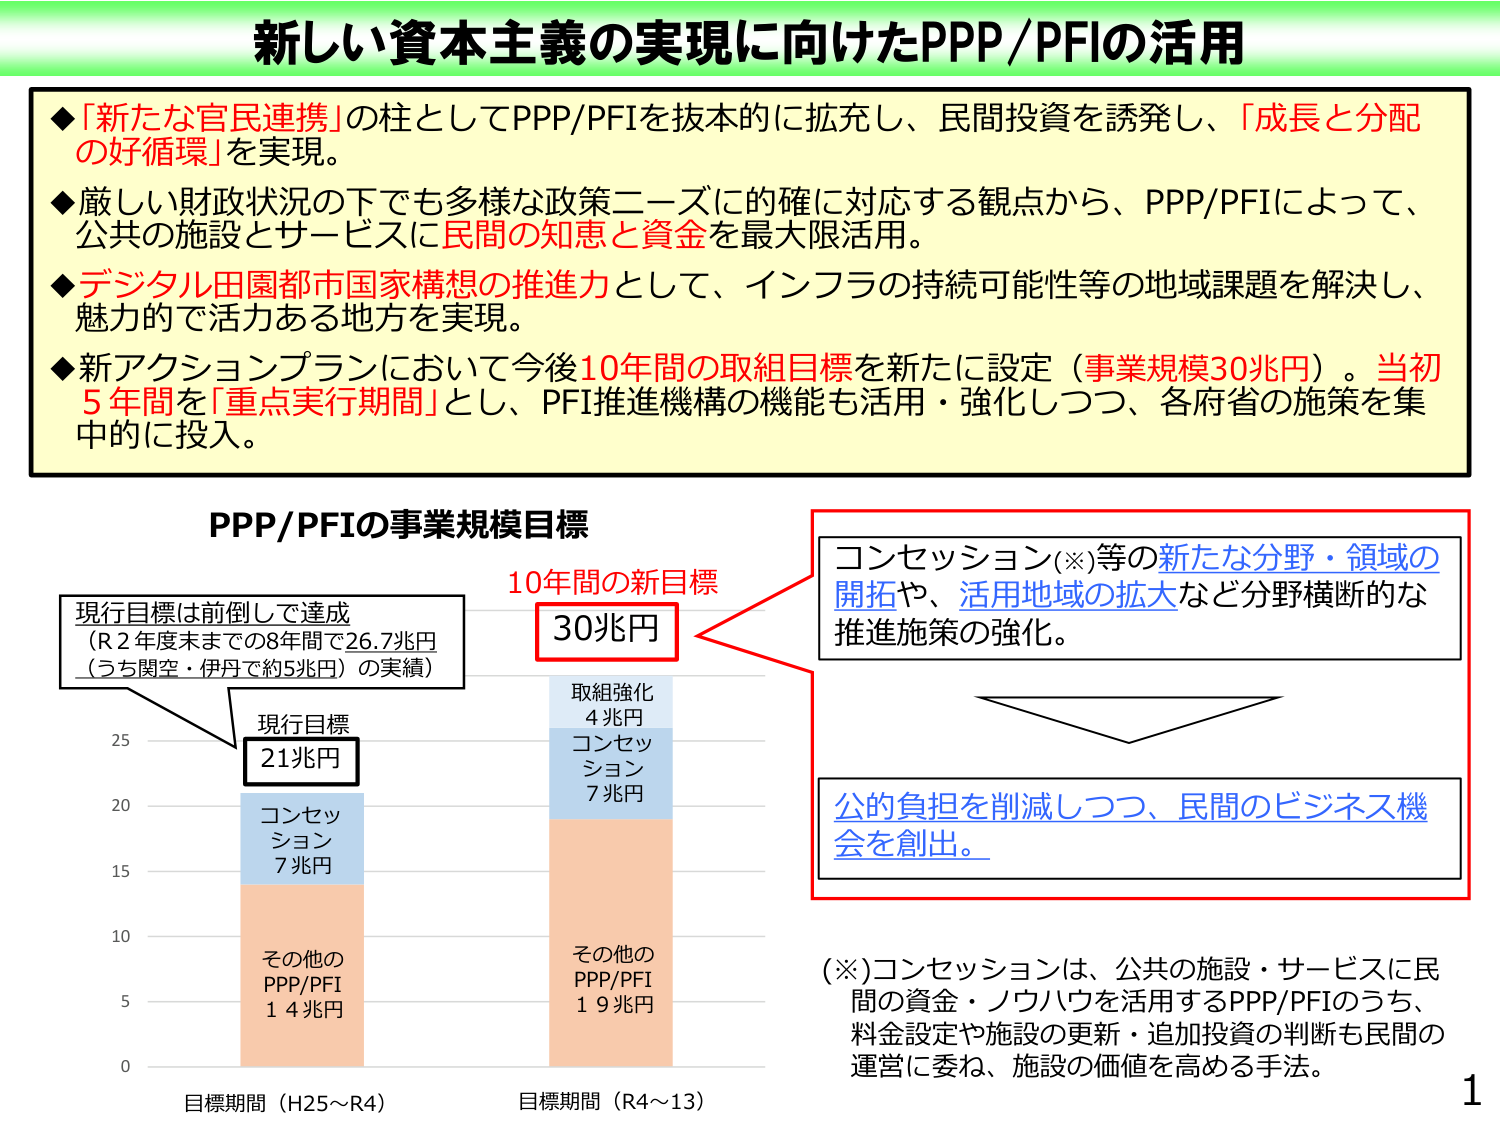
新しい資本主義の実現に向けたPPP/PFIの活用

◆「新たな官民連携」の柱としてPPP/PFIを抜本的に拡充し、民間投資を誘発し、「成長と分配の好循環」を実現。

◆厳しい財政状況の下でも多様な政策ニーズに的確に対応する観点から、PPP/PFIによって、公共の施設とサービスに民間の知恵と資金を最大限活用。

◆デジタル田園都市国家構想の推進力として、インフラの持続可能性等の地域課題を解決し、魅力的で活力ある地方を実現。

◆新アクションプランにおいて今後10年間の取組目標を新たに設定（事業規模30兆円）。当初5年間を「重点実行期間」とし、PFI推進機構の機能も活用・強化しつつ、各府省の施策を集中的に投入。

PPP/PFIの事業規模目標

現行目標は前倒しで達成
（R2年度末までの8年間で26.7兆円
（うち関空・伊丹で約5兆円）の実績）

現行目標
21兆円

コンセッション
7兆円

その他のPPP/PFI
14兆円

10年間の新目標
30兆円

取組強化
4兆円
コンセッション
7兆円

その他のPPP/PFI
19兆円

目標期間（H25～R4）　目標期間（R4～13）

コンセッション(※)等の新たな分野・領域の開拓や、活用地域の拡大など分野横断的な推進施策の強化。

公的負担を削減しつつ、民間のビジネス機会を創出。

(※)コンセッションは、公共の施設・サービスに民間の資金・ノウハウを活用するPPP/PFIのうち、料金設定や施設の更新・追加投資の判断も民間の運営に委ね、施設の価値を高める手法。

1